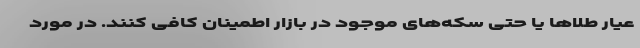
عیار طلاها یا حتی سکه‌های موجود در بازار اطمینان کافی کنند. در مورد